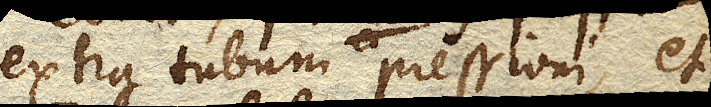
extra Tubum pressioni, et